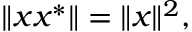
\| x x ^ { * } \| = \| x \| ^ { 2 } ,